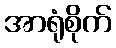
အာရုံစိုက်